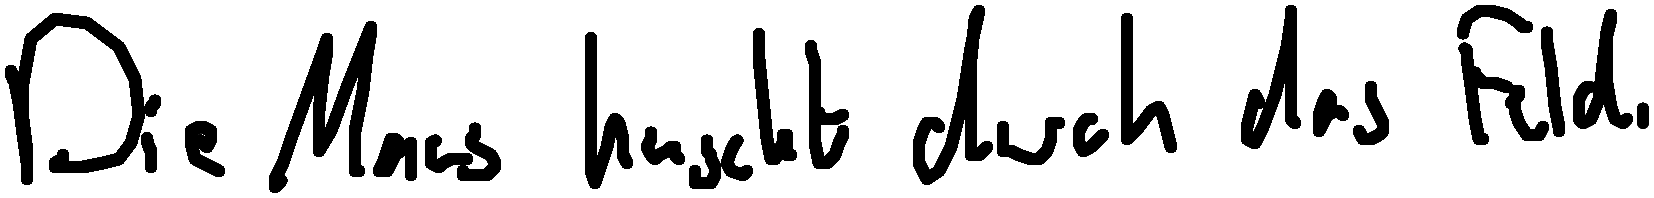
Die Maus huscht durch das Feld.